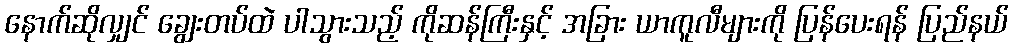
နောက်ဆိုလျှင် ချွေးတပ်ထဲ ပါသွားသည့် ကိုဆန်ကြီးနှင့် အခြား ယာကူလီများကို ပြန်ပေးရန် ပြည်နယ်